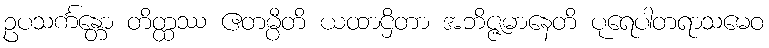
ဥပသင်္ကန္တော တိတ္ထဿ ဧတမ္ပီတိ ယထာဌိတာ အဘိဇ္ဇမာနေတိ ပုရေပါတရာသမေဝ